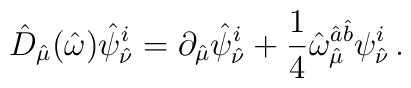
\hat {D}_{\hat \mu}(\hat \omega) \hat \psi_{\hat \nu}^i=\partial_{\hat \mu}\hat \psi_{\hat \nu}^i+\frac{1}{4}\hat\omega_{\hat \mu}^{\hat a \hat b}\psi_{\hat \nu}^i\, .